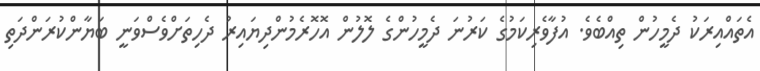
އެތައްއިރަކު ދެމީހުން ތިއްބެވެ. އުފާވެރިކަމުގެ ކަރުނަ ދެމީހުންގެ ލޮލުން އޮހޮރެމުންދިޔައިރު ދެހިތަށްވެސްވަނީ ބަޔާންކުރަންދަތި